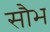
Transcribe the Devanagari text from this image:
सौभ